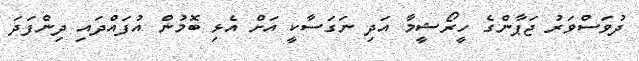
ދުވަސްވަރު ޖަޕާންގެ ހީރޯޝީމާ އަދި ނަގަސާކީ އަށް އެޅި ބޮމުން އުފައްދައި ދިންފަދަ